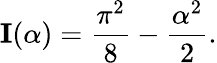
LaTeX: {\textbf{I}}(\alpha)={\frac{\pi^{2}}{8}}-{\frac{\alpha^{2}}{2}}.